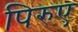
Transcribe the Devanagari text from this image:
पिरुए